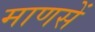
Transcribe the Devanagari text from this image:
माणसें